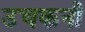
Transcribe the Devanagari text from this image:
उचकनी